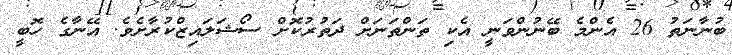
ބުނާނަތު 26 އެންމެ ބޭނުންވަނީ އެކި ތަންތަނަށް ދަތުރުކޮށް ސޯޝަލައިޒްކުރާށެވެ. އޭނާގެ ހޮބީ